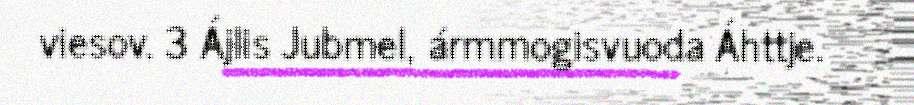
viesov. 3 Ájlis Jubmel, ármmogisvuoda Áhttje.